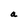
Character: a